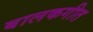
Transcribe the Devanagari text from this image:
बालकगीत